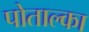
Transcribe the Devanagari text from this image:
पोताल्का